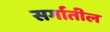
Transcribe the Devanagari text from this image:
सर्गातील